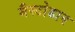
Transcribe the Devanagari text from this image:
मैस्टोडान